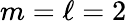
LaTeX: m=\ell=2